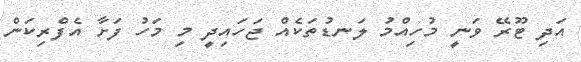
އަދި ޓޫރޭ ވަނީ މުހިއްމު ލަނޑުތަކެއް ޖަހައިދީ މި މަހު ފަށާ އެފްރިކަން